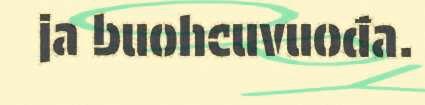
ja buohcuvuođa.